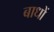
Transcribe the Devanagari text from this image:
बाधों